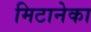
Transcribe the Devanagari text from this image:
मिटानेका